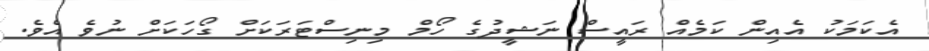
އެކަމަކު އެއިން ކަމެއް ރައީސް ނަޝީދުގެ ހޯމް މިނިސްޓަރަކަށް ގޯހަކަށް ނުވެ އެވެ.